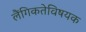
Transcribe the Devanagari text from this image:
लैंगिकतेविषयक